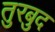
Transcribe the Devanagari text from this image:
तुरबुद